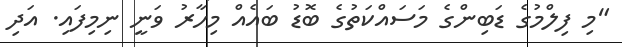
"މި ފިލްމުގެ ޑަބިންގެ މަސައްކަތުގެ ބޮޑު ބައެއް މިހާރު ވަނީ ނިމިފައި. އަދި